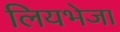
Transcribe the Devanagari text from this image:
लियभेजा